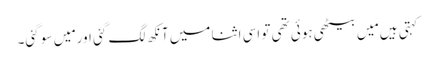
کہتی ہیں مَیں بیٹھی ہوئی تھی تو اسی اثنا میں آنکھ لگ گئی اور مَیں سو گئی۔